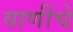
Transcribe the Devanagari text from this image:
वाणींचे